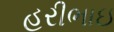
હરીભાઇ